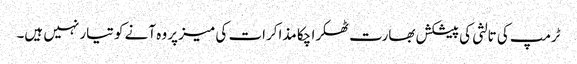
ٹرمپ کی تالثی کی پیشکش بھارت ٹھکرا چکا مذاکرات کی میز پر وہ آنے کو تیار نہیں ہیں۔